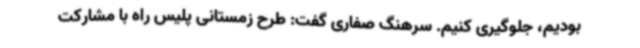
بودیم، جلوگیری کنیم. سرهنگ صفاری گفت: طرح زمستانی پلیس راه با مشارکت